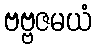
ဗဗ္ဗဇမယံ